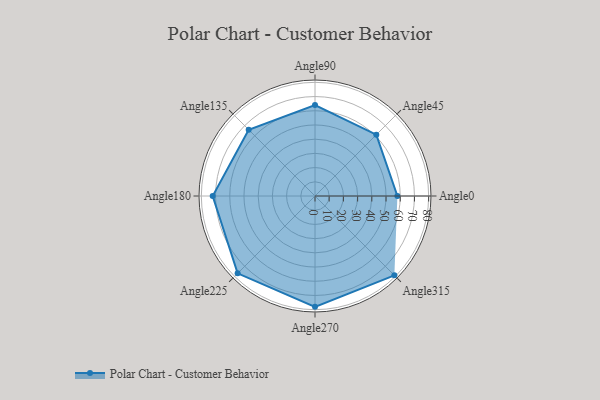
{"axis": {"x": "Angle", "y": "Radius"}, "legend": [""], "data": [{"x": "Angle0", "y": 58.0, "type": ""}, {"x": "Angle45", "y": 61.0, "type": ""}, {"x": "Angle90", "y": 64.0, "type": ""}, {"x": "Angle135", "y": 66.0, "type": ""}, {"x": "Angle180", "y": 72.0, "type": ""}, {"x": "Angle225", "y": 77.0, "type": ""}, {"x": "Angle270", "y": 78.0, "type": ""}, {"x": "Angle315", "y": 79.0, "type": ""}]}